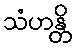
သံဟန္တိ